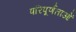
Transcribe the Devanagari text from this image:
परिपूर्णताओं